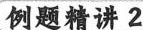
例题精讲2